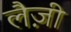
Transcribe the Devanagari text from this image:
लैज़ी